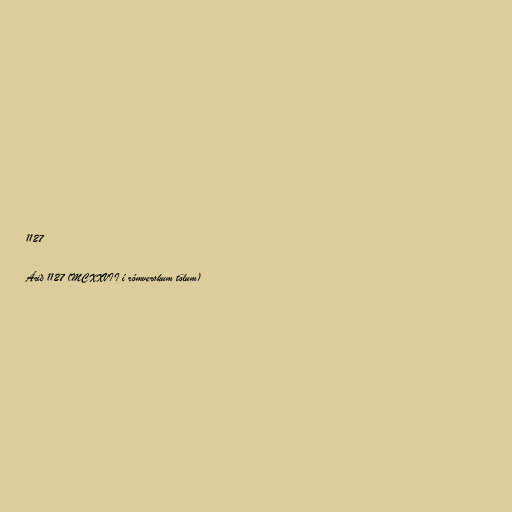
1127

Árið 1127 (MCXXVII í rómverskum tölum)